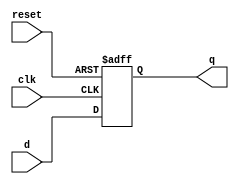
`timescale 1ns / 1ps
//////////////////////////////////////////////////////////////////////////////////
// Company: 
// Engineer: 
// 
// Design Name: 
// Module Name: d_flip_flop_asyn
// Project Name: 
// Target Devices: 
// Tool Versions: 
// Description: 
// 
// Dependencies: 
// 
// Revision:
// Revision 0.01 - File Created
// Additional Comments:
// 
//////////////////////////////////////////////////////////////////////////////////


module d_flip_flop_asyn(d, clk, reset, q);

input d, clk, reset;
output reg q;

always@(posedge clk or posedge reset)
    if(reset)
        q = 0;
    else
        q = d;
endmodule